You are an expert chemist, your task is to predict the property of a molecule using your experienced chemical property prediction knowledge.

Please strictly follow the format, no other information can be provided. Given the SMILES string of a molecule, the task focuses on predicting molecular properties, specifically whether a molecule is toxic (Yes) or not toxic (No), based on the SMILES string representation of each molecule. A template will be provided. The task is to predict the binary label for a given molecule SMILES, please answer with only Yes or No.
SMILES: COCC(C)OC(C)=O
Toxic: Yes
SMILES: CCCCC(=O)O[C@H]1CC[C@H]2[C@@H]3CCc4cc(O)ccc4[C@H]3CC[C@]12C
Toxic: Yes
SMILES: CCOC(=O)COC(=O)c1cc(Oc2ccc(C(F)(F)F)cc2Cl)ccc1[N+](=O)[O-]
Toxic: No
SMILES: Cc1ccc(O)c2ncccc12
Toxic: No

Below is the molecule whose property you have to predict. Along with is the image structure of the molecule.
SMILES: COC(=O)c1ccc(C)cc1
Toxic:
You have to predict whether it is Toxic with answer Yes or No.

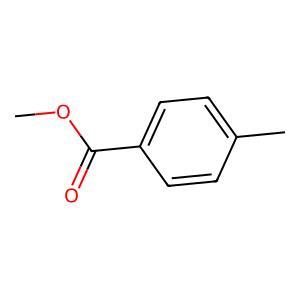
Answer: No